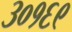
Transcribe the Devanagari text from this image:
३०१६९